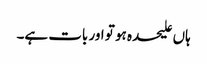
ہاں علیحدہ ہو تو اور بات ہے۔